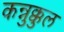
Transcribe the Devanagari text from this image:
कन्नुक्कुल